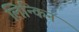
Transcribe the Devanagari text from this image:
लिन्किन